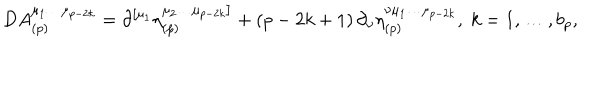
LaTeX: D A _ { ( p ) } ^ { \mu _ { 1 } \ldots \mu _ { p - 2 k } } = \partial ^ { \left[ \mu _ { 1 } \right. } \eta _ { ( p ) } ^ { \left. \mu _ { 2 } \ldots \mu _ { p - 2 k } \right] } + \left( p - 2 k + 1 \right) \partial _ { \nu } \eta _ { ( p ) } ^ { \nu \mu _ { 1 } \ldots \mu _ { p - 2 k } } , \; k = 1 , \ldots , b _ { p } ,